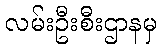
လမ်းဦးစီးဌာနမှ